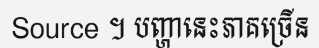
Source ។ បញ្ហានេះភាគច្រើន